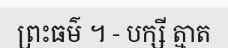
ព្រះធម៌ ។ - បក្សី ត្មាត